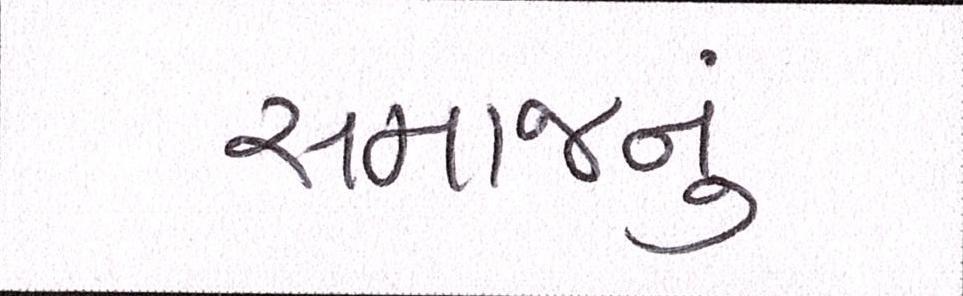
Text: સમાજનું